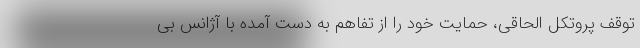
توقف پروتکل الحاقی، حمایت خود را از تفاهم به دست آمده با آژانس بی